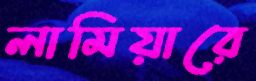
লামিয়ারে